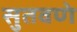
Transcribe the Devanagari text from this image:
सुतवणे